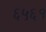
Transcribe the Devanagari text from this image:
६५६१